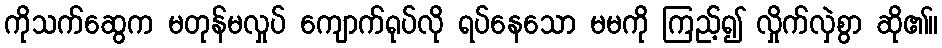
ကိုသက်ဆွေက မတုန်မလှုပ် ကျောက်ရုပ်လို ရပ်နေသော မမကို ကြည့်၍ လှိုက်လှဲစွာ ဆို၏။